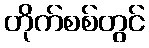
တိုက်စစ်တွင်